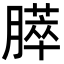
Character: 膵